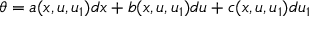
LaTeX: \theta = a ( x , u , u _ { 1 } ) d x + b ( x , u , u _ { 1 } ) d u + c ( x , u , u _ { 1 } ) d u _ { 1 }